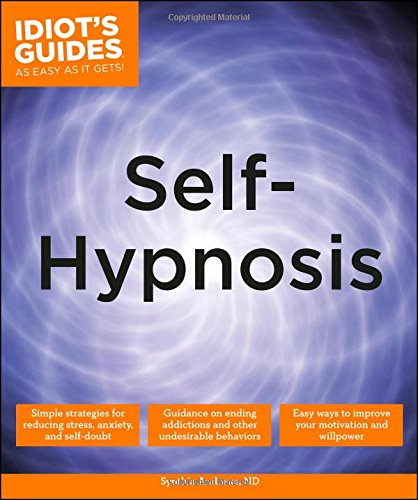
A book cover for Idiot's Guides: Self-Hypnosis; Dr. Synthia Andrews ND; Health, Fitness & Dieting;